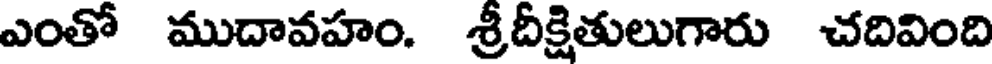
ఎంతో ముదావహం. శ్రీదీక్షితులుగారు చదివింది